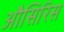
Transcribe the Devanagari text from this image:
औसिरिस